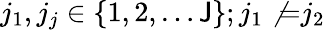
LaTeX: j_{1},j_{j}\in\{ 1,2,\dots\mathsf{J}\} ;j_{1}\not{=}j_{2}